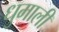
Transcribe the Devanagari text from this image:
धुमाली